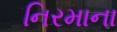
નિરમાના